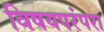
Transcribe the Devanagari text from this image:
विषयपरंपरा